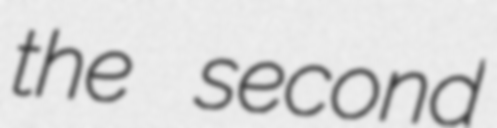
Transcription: the second